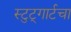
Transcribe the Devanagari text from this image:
स्टुट्गार्टचा